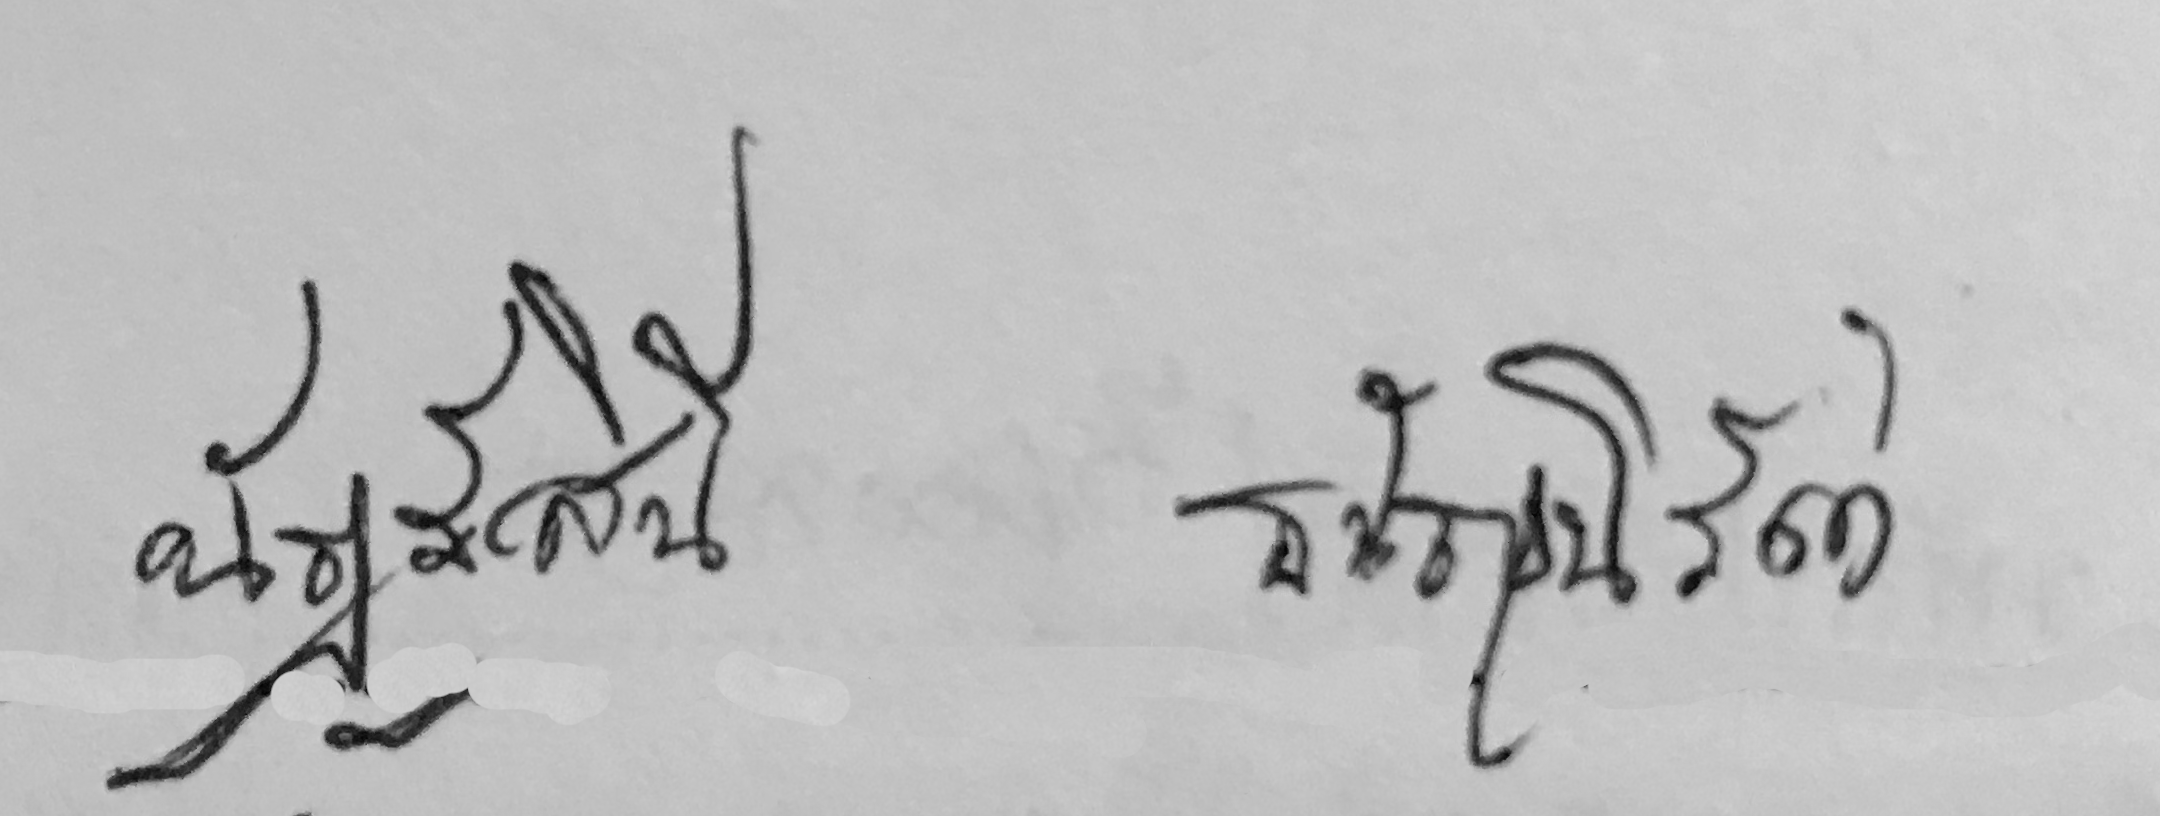
นัฎฐ์สินี ธนัญนิรัตน์